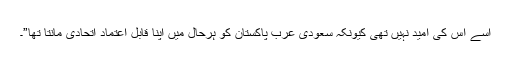
اسے اس کی امید نہیں تھی کیونکہ سعودی عرب پاکستان کو ہرحال میں اپنا قابل اعتماد اتحادی مانتا تھا”۔